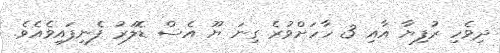
ދިވެހި ރުފިޔާ އާއި 3 ހާހަށްވުރެ ގިނަ ޔޫ އެސް ޑޮލަރު ފެނިފައިވެއެވެ.